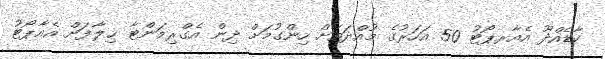
ކާޑެއްދޫ އެއާރޕޯޓު 50 އަހަރުގެ މުއްދަތަށް ހިންގުމަށް ދިން އެގްރިމަންޓާ ޚިލާފަށް އެއާޕޯޓު